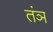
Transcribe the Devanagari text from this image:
तंञ